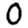
Digit: 0